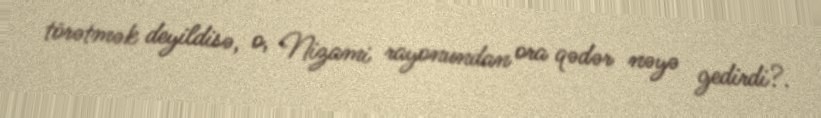
törətmək deyildisə, o, Nizami rayonundan ora qədər nəyə gedirdi?.